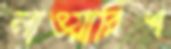
লাওয়ারিশ